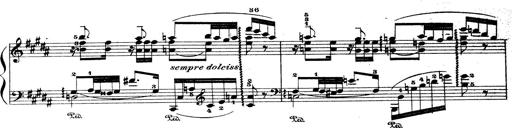
Title: Wagner-Liszt Album
Composer: Franz Liszt